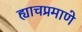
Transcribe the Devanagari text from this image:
ह्याचप्रमाणे